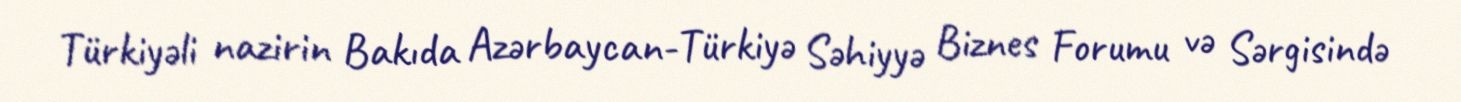
Türkiyəli nazirin Bakıda Azərbaycan-Türkiyə Səhiyyə Biznes Forumu və Sərgisində